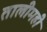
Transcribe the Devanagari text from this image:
तालीमही